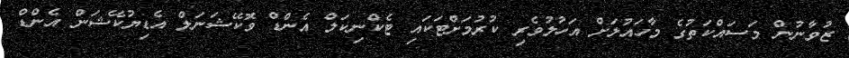
ޒުވާނުން މަސައްކަތުގެ މާހައުލަށް އަހުލުވެރި ކުރުމަށްޓަކައި ޓެކްނިކަލް އެންޑް ވޮކޭޝަނަލް އެޑިޔުކޭޝަން އެންޑް